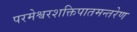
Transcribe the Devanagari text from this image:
परमेश्वरशक्तिपातमन्तरेण